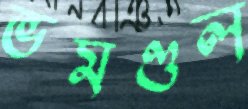
ভমণ্ডল